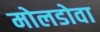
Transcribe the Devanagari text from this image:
मोलडोवा